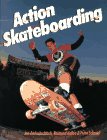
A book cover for Action Skateboarding; Jan Andrejtschitsch; Sports & Outdoors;